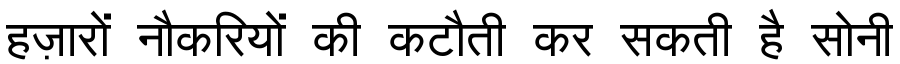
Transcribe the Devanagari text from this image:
हज़ारों नौकरियों की कटौती कर सकती है सोनी